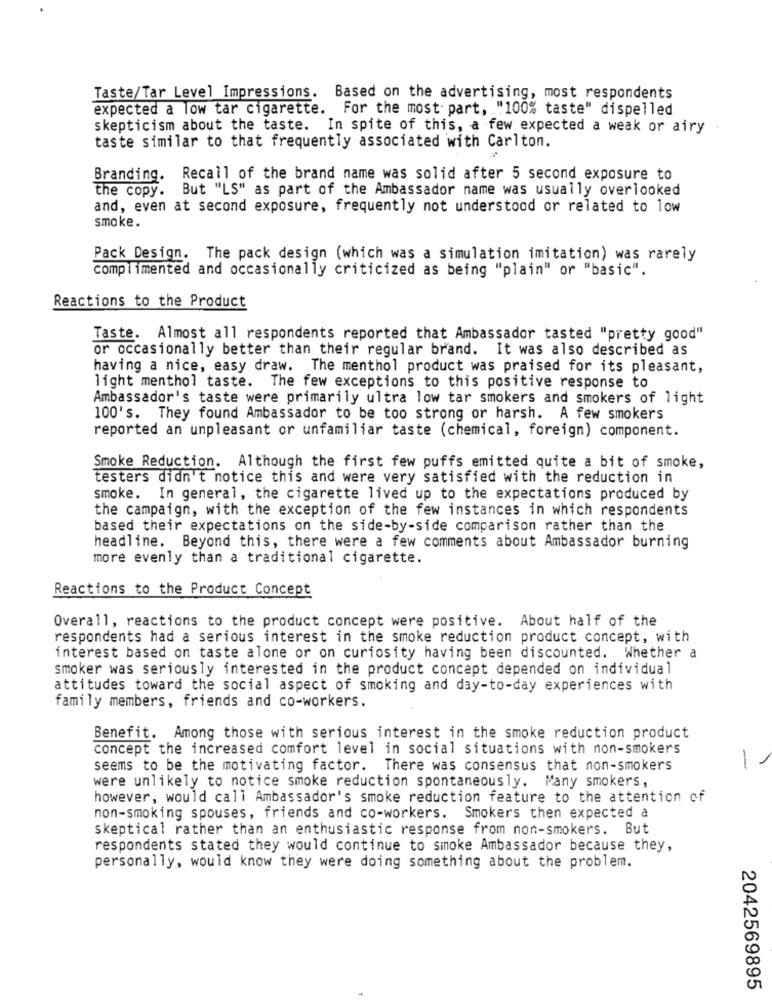
Taste/Tar Level Impressions. Based on the advertising, most respondents
expected a low tar cigarette. For the most part, "100% taste" dispelled
skepticism about the taste. In spite of this, a few expected a weak or airy
taste similar to that frequently associated with Carlton.
Branding. Recall of the brand name was solid after 5 second exposure to
the copy. But "LS" as part of the Ambassador name was usually overlooked
and, even at second exposure, frequently not understood or related to low
smoke.
Pack Design. The pack design (which was a simulation imitation) was rarely
complimented and occasionally criticized as being "plain" or "basic".
Reactions to the Product
Taste. Almost all respondents reported that Ambassador tasted "pretty good"
or occasionally better than their regular brand. It was also described as
having a nice, easy draw. The menthol product was praised for its pleasant,
light menthol taste. The few exceptions to this positive response to
Ambassador's taste were primarily ultra low tar smokers and smokers of light
100's. They found Ambassador to be too strong or harsh. A few smokers
reported an unpleasant or unfamiliar taste (chemical, foreign) component.
Smoke Reduction. Although the first few puffs emitted quite a bit of smoke,
testers didn't notice this and were very satisfied with the reduction in
smoke. In general, the cigarette lived up to the expectations produced by
the campaign, with the exception of the few instances in which respondents
based their expectations on the side-by-side comparison rather than the
headline. Beyond this, there were a few comments about Ambassador burning
more evenly than a traditional cigarette.
Reactions to the Product Concept
Overall, reactions to the product concept were positive. About half of the
respondents had a serious interest in the smoke reduction product concept, with
interest based on taste alone or on curiosity having been discounted. Whether a
smoker was seriously interested in the product concept depended on individual
attitudes toward the social aspect of smoking and day-to-day experiences with
family members, friends and co-workers.
Benefit. Among those with serious interest in the smoke reduction product
concept the increased comfort level in social situations with non-smokers
-
seems to be the motivating factor. There was consensus that non-smokers
were unlikely to notice smoke reduction spontaneously. Many smokers,
however, would call Ambassador's smoke reduction feature to the attention of
non-smoking spouses, friends and co-workers. Smokers then expected a
skeptical rather than an enthusiastic response from non-smokers. But
respondents stated they would continue to sinoke Ambassador because they,
personally, would know they were doing something about the problem.
2042569895